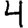
Digit: 4